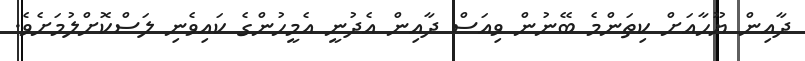
ދާއިން ޔޫހާއަށް ކިތަންމެ ބޭނުން ވިއަސް ދާއިން އެދުނީ އެމީހުންގެ ކައިވެނި ލަސްކޮށްލުމަށެވެ.